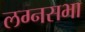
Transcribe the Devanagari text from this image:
लग्नसभा